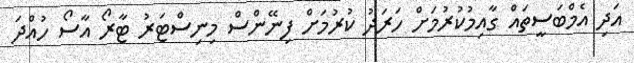
އަދި އެމްބަސީތައް ގާއިމުކުރުމަށް ހަރަދު ކުރުމަށް ފިނޭންސް މިނިސްޓަރު ޓާރޯ އާސޯ ހުއްދަ